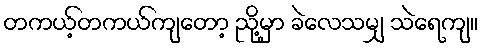
တကယ့်တကယ်ကျတော့ ညို့မှာ ခဲလေသမျှ သဲရေကျ။